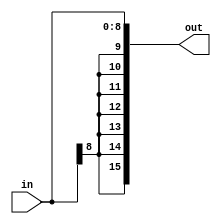
module SE9x16(
  input [8:0] in,
  output reg [15:0] out
);

always @(*) begin
  out <= { {7{in[8]}}, in[8:0] };//extinde valoarea imediata
end

endmodule